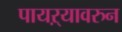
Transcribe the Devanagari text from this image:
पायऱ्यावरुन